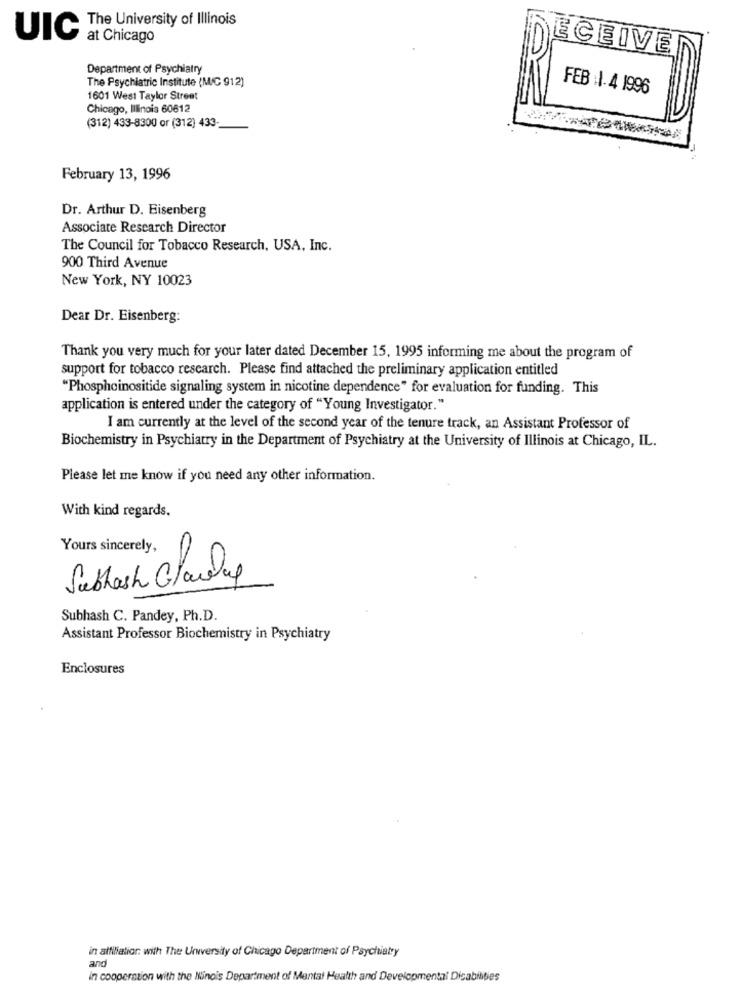
The University of Illinois
UIC
at Chicago
ECEIVE
Department of Psychiatry
The Psychiatric Institute (MC 912)
FEB :1.4 1996
1601 West Taylor Street
Chicago, Illinois 60612
(312) 433-8300 or (312) 433-
February 13, 1996
Dr. Arthur D. Eisenberg
Associate Research Director
The Council for Tobacco Research, USA, Inc.
900 Third Avenue
New York, NY 10023
Dear Dr. Eisenberg:
Thank you very much for your later dated December 15, 1995 informing me about the program of
support for tobacco research. Please find attached the preliminary application entitled
"Phosphoinositide signaling system in nicotine dependence" for evaluation for funding. This
application is entered under the category of "Young Investigator."
I am currently at the level of the second year of the tenure track, an Assistant Professor of
Biochemistry in Psychiatry in the Department of Psychiatry at the University of Illinois at Chicago, IL.
Please let me know if you need any other information.
With kind regards.
Yours sincerely,
Subhash Clawup
Subhash C. Pandey, Ph.D.
Assistant Professor Biochemistry in Psychiatry
Enclosures
in affiliation: with The Unwersity of Chicago Department of Psychiatry
and
in cooperation with the Ninois Department of Mental Health and Developmental Disabilities